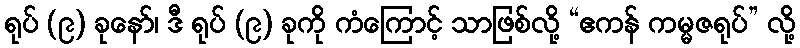
ရုပ် (၉) ခုနော်၊ ဒီ ရုပ် (၉) ခုကို ကံကြောင့် သာဖြစ်လို့ “ဧကန် ကမ္မဇရုပ်” လို့